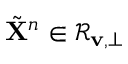
\tilde { \mathbf { X } } ^ { n } \in \mathcal { R } _ { \mathbf { v } , \perp }